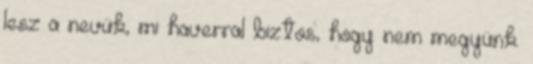
lesz a nevük, mi haverral biztos, hogy nem megyünk.